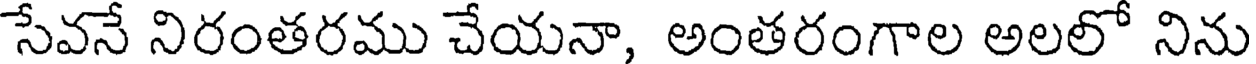
సేవనే నిరంతరము చేయనా, అంతరంగాల అలలో నిను